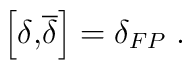
\left[ \delta \mathrm{{,}\overline{\delta }}\right] =\delta _{FP}\;.